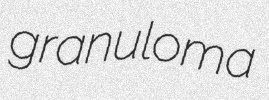
granuloma